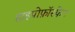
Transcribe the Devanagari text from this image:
हाइपोफ़ॉस्फ़ेट